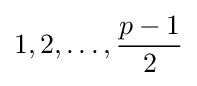
1,2,\dots ,{\frac {p-1}{2}}